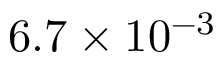
6 . 7 \times 1 0 ^ { - 3 }